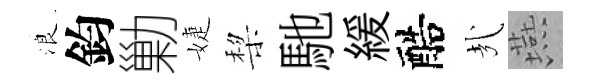
浪鈞勦婕棃馳緩醅㢤燕